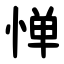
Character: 惮